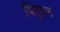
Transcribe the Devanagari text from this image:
पितृधन